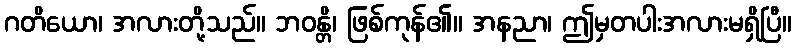
ဂတိယော၊ အလားတို့သည်။ ဘဝန္တိ၊ ဖြစ်ကုန်၏။ အနညာ၊ ဤမှတပါးအလားမရှိပြီ။